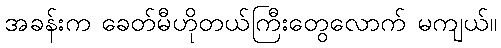
အခန်းက ခေတ်မီဟိုတယ်ကြီးတွေလောက် မကျယ်။